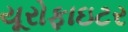
યૂરોફાઇટર